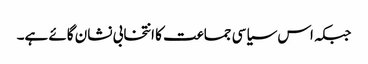
جبکہ اس سیاسی جماعت کا انتخابی نشان گائے ہے۔